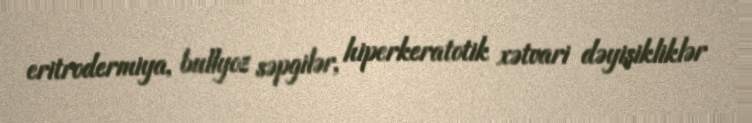
eritrodermiya, bullyoz səpgilər, hiperkeratotik xətvari dəyişikliklər